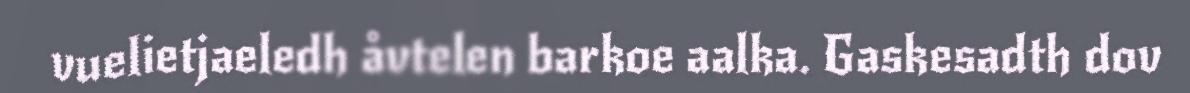
vuelietjaeledh åvtelen barkoe aalka. Gaskesadth dov